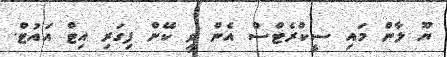
ޔޫ ލާން މައި ސީކްރެޓްސް އެން ވީ ކޭން ފިގަރި އިޓް އައުޓް.